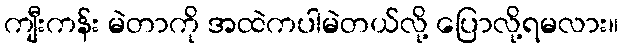
ကျီးကန်း မဲတာကို အထဲကပါမဲတယ်လို့ ပြောလို့ရမလား။